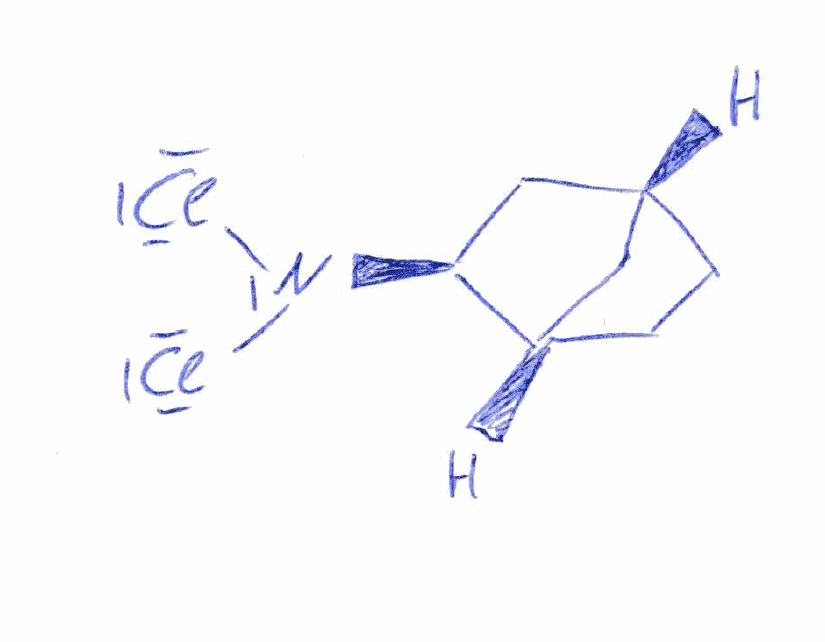
Simplified molecular-input line-entry system (SMILES) notation of the given molecule:
C1C[C@H]2C[C@@H]1C[C@@H]2N(Cl)Cl